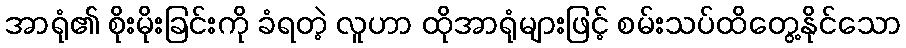
အာရုံ၏ စိုးမိုးခြင်းကို ခံရတဲ့ လူဟာ ထိုအာရုံများဖြင့် စမ်းသပ်ထိတွေ့နိုင်သော